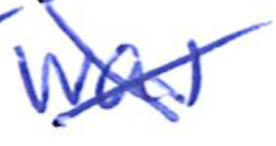
Text: was
Cross-out: cross
Writing tool: ballpoint